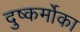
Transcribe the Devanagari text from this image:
दुष्कर्मोका